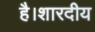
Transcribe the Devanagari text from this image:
है।शारदीय